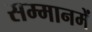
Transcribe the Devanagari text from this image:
सम्मानमें